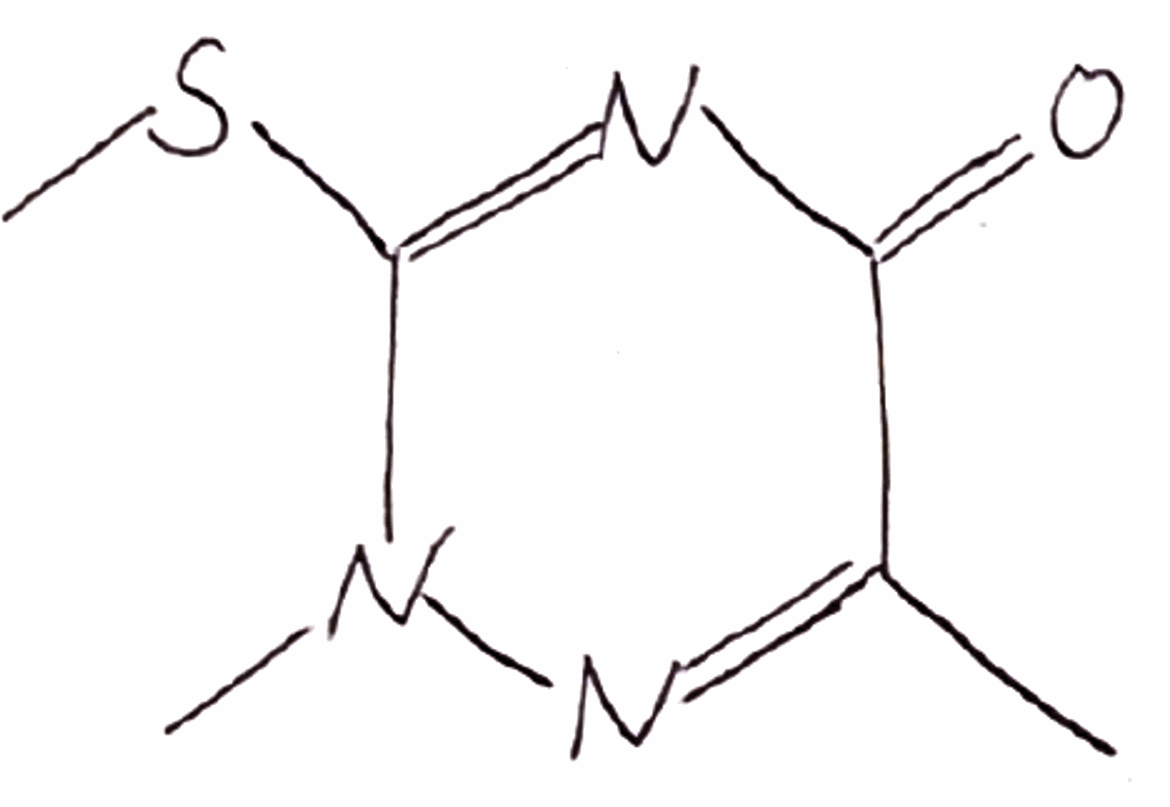
Simplified molecular-input line-entry system (SMILES) notation of the given molecule:
CC1=NN(C(=NC1=O)SC)C